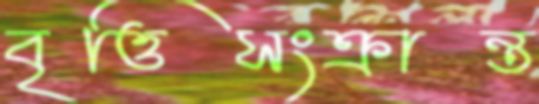
বৃত্তিসংক্রান্ত